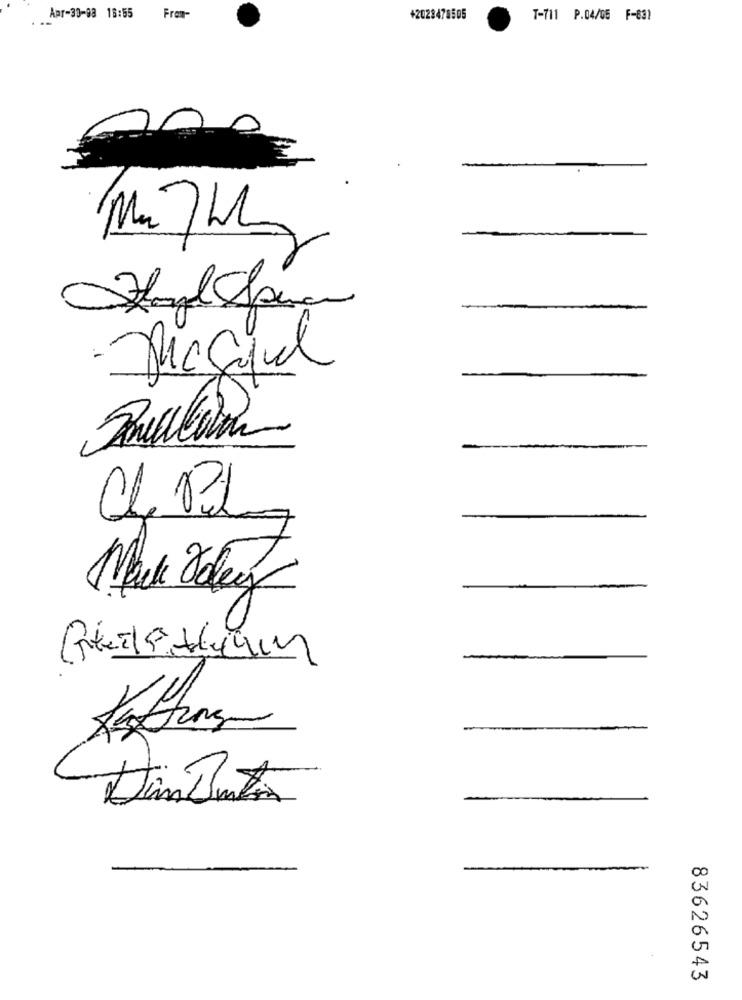
Apr-30-08 18:55
Frem-
+2028478505
T-711 P.04/05 F-631
-
Dim Punta
83626543